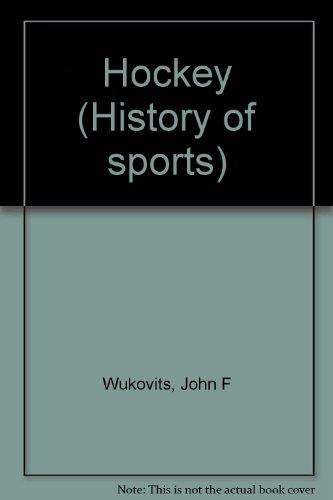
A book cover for History of Sports - Hockey; John F. Wukovits; Teen & Young Adult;